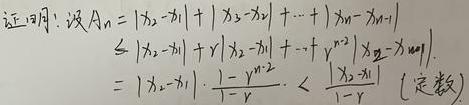
\[
\begin{align*}
&\text{证明：设}A_n = |x_2 - x_1|+|x_3 - x_2|+\cdots+|x_n - x_{n - 1}|\\
&\leq|x_2 - x_1|+r|x_2 - x_1|+\cdots+r^{n - 2}|x_2 - x_1|\\
&=|x_2 - x_1|\cdot\frac{1 - r^{n - 1}}{1 - r}<\frac{|x_2 - x_1|}{1 - r}\quad(\text{定数})
\end{align*}
\]